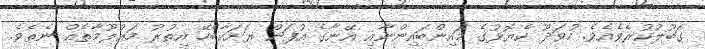
ގަބޫލުކުރެވެއެވެ. ހުވަދޫ ކެޔޮޅުގެ މައިންބައިންނާއި އޭނާގެ އުފަން ރަށަކާބެހޭ އިތުރު މަޢުލޫމާތެއް ނެތެވެ.